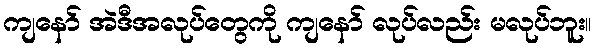
ကျနော် အဲဒီအလုပ်တွေကို ကျနော် လုပ်လည်း မလုပ်ဘူး။